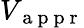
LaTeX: V_{\mathrm{~a~p~p~r~}}